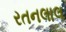
રતનલાલ